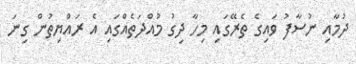
ދުމާއި ނުސާފު ވައިގެ ތެރޭގައި މިހާ ދިގު މުއްދަތެއްގައި އެ ރައްޔިތުން ގިނަ